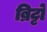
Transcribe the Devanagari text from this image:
ब्रिट्टो